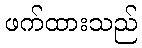
ဖက်ထားသည်